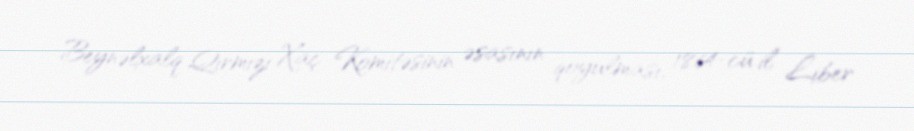
Beynəlxalq Qırmızı Xaç Komitəsinin əsasının qoyulması, 1864-cü il Liber